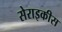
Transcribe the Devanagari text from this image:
सेराइकीस